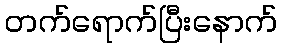
တက်ရောက်ပြီးနောက်